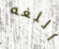
اللغه